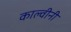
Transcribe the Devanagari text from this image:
काल्वीनी